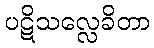
ပဋိသလ္လေခိတာ